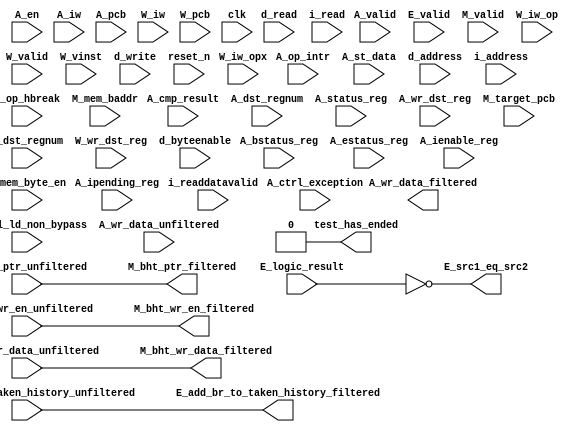
//Legal Notice: (C)2011 Altera Corporation. All rights reserved.  Your
//use of Altera Corporation's design tools, logic functions and other
//software and tools, and its AMPP partner logic functions, and any
//output files any of the foregoing (including device programming or
//simulation files), and any associated documentation or information are
//expressly subject to the terms and conditions of the Altera Program
//License Subscription Agreement or other applicable license agreement,
//including, without limitation, that your use is for the sole purpose
//of programming logic devices manufactured by Altera and sold by Altera
//or its authorized distributors.  Please refer to the applicable
//agreement for further details.


// turn off superfluous verilog processor warnings 
// altera message_level Level1 
// altera message_off 10034 10035 10036 10037 10230 10240 10030 

module cpu_test_bench (
                        // inputs:
                         A_bstatus_reg,
                         A_cmp_result,
                         A_ctrl_exception,
                         A_ctrl_ld_non_bypass,
                         A_dst_regnum,
                         A_en,
                         A_estatus_reg,
                         A_ienable_reg,
                         A_ipending_reg,
                         A_iw,
                         A_mem_byte_en,
                         A_op_hbreak,
                         A_op_intr,
                         A_pcb,
                         A_st_data,
                         A_status_reg,
                         A_valid,
                         A_wr_data_unfiltered,
                         A_wr_dst_reg,
                         E_add_br_to_taken_history_unfiltered,
                         E_logic_result,
                         E_valid,
                         M_bht_ptr_unfiltered,
                         M_bht_wr_data_unfiltered,
                         M_bht_wr_en_unfiltered,
                         M_mem_baddr,
                         M_target_pcb,
                         M_valid,
                         W_dst_regnum,
                         W_iw,
                         W_iw_op,
                         W_iw_opx,
                         W_pcb,
                         W_valid,
                         W_vinst,
                         W_wr_dst_reg,
                         clk,
                         d_address,
                         d_byteenable,
                         d_read,
                         d_write,
                         i_address,
                         i_read,
                         i_readdatavalid,
                         reset_n,

                        // outputs:
                         A_wr_data_filtered,
                         E_add_br_to_taken_history_filtered,
                         E_src1_eq_src2,
                         M_bht_ptr_filtered,
                         M_bht_wr_data_filtered,
                         M_bht_wr_en_filtered,
                         test_has_ended
                      )
;

  output  [ 31: 0] A_wr_data_filtered;
  output           E_add_br_to_taken_history_filtered;
  output           E_src1_eq_src2;
  output  [  7: 0] M_bht_ptr_filtered;
  output  [  1: 0] M_bht_wr_data_filtered;
  output           M_bht_wr_en_filtered;
  output           test_has_ended;
  input   [ 31: 0] A_bstatus_reg;
  input            A_cmp_result;
  input            A_ctrl_exception;
  input            A_ctrl_ld_non_bypass;
  input   [  4: 0] A_dst_regnum;
  input            A_en;
  input   [ 31: 0] A_estatus_reg;
  input   [ 31: 0] A_ienable_reg;
  input   [ 31: 0] A_ipending_reg;
  input   [ 31: 0] A_iw;
  input   [  3: 0] A_mem_byte_en;
  input            A_op_hbreak;
  input            A_op_intr;
  input   [ 16: 0] A_pcb;
  input   [ 31: 0] A_st_data;
  input   [ 31: 0] A_status_reg;
  input            A_valid;
  input   [ 31: 0] A_wr_data_unfiltered;
  input            A_wr_dst_reg;
  input            E_add_br_to_taken_history_unfiltered;
  input   [ 31: 0] E_logic_result;
  input            E_valid;
  input   [  7: 0] M_bht_ptr_unfiltered;
  input   [  1: 0] M_bht_wr_data_unfiltered;
  input            M_bht_wr_en_unfiltered;
  input   [ 16: 0] M_mem_baddr;
  input   [ 16: 0] M_target_pcb;
  input            M_valid;
  input   [  4: 0] W_dst_regnum;
  input   [ 31: 0] W_iw;
  input   [  5: 0] W_iw_op;
  input   [  5: 0] W_iw_opx;
  input   [ 16: 0] W_pcb;
  input            W_valid;
  input   [ 55: 0] W_vinst;
  input            W_wr_dst_reg;
  input            clk;
  input   [ 16: 0] d_address;
  input   [  3: 0] d_byteenable;
  input            d_read;
  input            d_write;
  input   [ 16: 0] i_address;
  input            i_read;
  input            i_readdatavalid;
  input            reset_n;

  reg     [ 16: 0] A_mem_baddr;
  reg     [ 16: 0] A_target_pcb;
  wire    [ 31: 0] A_wr_data_filtered;
  wire             A_wr_data_unfiltered_0_is_x;
  wire             A_wr_data_unfiltered_10_is_x;
  wire             A_wr_data_unfiltered_11_is_x;
  wire             A_wr_data_unfiltered_12_is_x;
  wire             A_wr_data_unfiltered_13_is_x;
  wire             A_wr_data_unfiltered_14_is_x;
  wire             A_wr_data_unfiltered_15_is_x;
  wire             A_wr_data_unfiltered_16_is_x;
  wire             A_wr_data_unfiltered_17_is_x;
  wire             A_wr_data_unfiltered_18_is_x;
  wire             A_wr_data_unfiltered_19_is_x;
  wire             A_wr_data_unfiltered_1_is_x;
  wire             A_wr_data_unfiltered_20_is_x;
  wire             A_wr_data_unfiltered_21_is_x;
  wire             A_wr_data_unfiltered_22_is_x;
  wire             A_wr_data_unfiltered_23_is_x;
  wire             A_wr_data_unfiltered_24_is_x;
  wire             A_wr_data_unfiltered_25_is_x;
  wire             A_wr_data_unfiltered_26_is_x;
  wire             A_wr_data_unfiltered_27_is_x;
  wire             A_wr_data_unfiltered_28_is_x;
  wire             A_wr_data_unfiltered_29_is_x;
  wire             A_wr_data_unfiltered_2_is_x;
  wire             A_wr_data_unfiltered_30_is_x;
  wire             A_wr_data_unfiltered_31_is_x;
  wire             A_wr_data_unfiltered_3_is_x;
  wire             A_wr_data_unfiltered_4_is_x;
  wire             A_wr_data_unfiltered_5_is_x;
  wire             A_wr_data_unfiltered_6_is_x;
  wire             A_wr_data_unfiltered_7_is_x;
  wire             A_wr_data_unfiltered_8_is_x;
  wire             A_wr_data_unfiltered_9_is_x;
  wire             E_add_br_to_taken_history_filtered;
  wire             E_src1_eq_src2;
  wire    [  7: 0] M_bht_ptr_filtered;
  wire    [  1: 0] M_bht_wr_data_filtered;
  wire             M_bht_wr_en_filtered;
  wire             W_op_add;
  wire             W_op_addi;
  wire             W_op_and;
  wire             W_op_andhi;
  wire             W_op_andi;
  wire             W_op_beq;
  wire             W_op_bge;
  wire             W_op_bgeu;
  wire             W_op_blt;
  wire             W_op_bltu;
  wire             W_op_bne;
  wire             W_op_br;
  wire             W_op_break;
  wire             W_op_bret;
  wire             W_op_call;
  wire             W_op_callr;
  wire             W_op_cmpeq;
  wire             W_op_cmpeqi;
  wire             W_op_cmpge;
  wire             W_op_cmpgei;
  wire             W_op_cmpgeu;
  wire             W_op_cmpgeui;
  wire             W_op_cmplt;
  wire             W_op_cmplti;
  wire             W_op_cmpltu;
  wire             W_op_cmpltui;
  wire             W_op_cmpne;
  wire             W_op_cmpnei;
  wire             W_op_crst;
  wire             W_op_custom;
  wire             W_op_div;
  wire             W_op_divu;
  wire             W_op_eret;
  wire             W_op_flushd;
  wire             W_op_flushda;
  wire             W_op_flushi;
  wire             W_op_flushp;
  wire             W_op_hbreak;
  wire             W_op_initd;
  wire             W_op_initda;
  wire             W_op_initi;
  wire             W_op_intr;
  wire             W_op_jmp;
  wire             W_op_jmpi;
  wire             W_op_ldb;
  wire             W_op_ldbio;
  wire             W_op_ldbu;
  wire             W_op_ldbuio;
  wire             W_op_ldh;
  wire             W_op_ldhio;
  wire             W_op_ldhu;
  wire             W_op_ldhuio;
  wire             W_op_ldl;
  wire             W_op_ldw;
  wire             W_op_ldwio;
  wire             W_op_mul;
  wire             W_op_muli;
  wire             W_op_mulxss;
  wire             W_op_mulxsu;
  wire             W_op_mulxuu;
  wire             W_op_nextpc;
  wire             W_op_nor;
  wire             W_op_opx;
  wire             W_op_or;
  wire             W_op_orhi;
  wire             W_op_ori;
  wire             W_op_rdctl;
  wire             W_op_rdprs;
  wire             W_op_ret;
  wire             W_op_rol;
  wire             W_op_roli;
  wire             W_op_ror;
  wire             W_op_rsv02;
  wire             W_op_rsv09;
  wire             W_op_rsv10;
  wire             W_op_rsv17;
  wire             W_op_rsv18;
  wire             W_op_rsv25;
  wire             W_op_rsv26;
  wire             W_op_rsv33;
  wire             W_op_rsv34;
  wire             W_op_rsv41;
  wire             W_op_rsv42;
  wire             W_op_rsv49;
  wire             W_op_rsv57;
  wire             W_op_rsv61;
  wire             W_op_rsv62;
  wire             W_op_rsv63;
  wire             W_op_rsvx00;
  wire             W_op_rsvx10;
  wire             W_op_rsvx15;
  wire             W_op_rsvx17;
  wire             W_op_rsvx21;
  wire             W_op_rsvx25;
  wire             W_op_rsvx33;
  wire             W_op_rsvx34;
  wire             W_op_rsvx35;
  wire             W_op_rsvx42;
  wire             W_op_rsvx43;
  wire             W_op_rsvx44;
  wire             W_op_rsvx47;
  wire             W_op_rsvx50;
  wire             W_op_rsvx51;
  wire             W_op_rsvx55;
  wire             W_op_rsvx56;
  wire             W_op_rsvx60;
  wire             W_op_rsvx63;
  wire             W_op_sll;
  wire             W_op_slli;
  wire             W_op_sra;
  wire             W_op_srai;
  wire             W_op_srl;
  wire             W_op_srli;
  wire             W_op_stb;
  wire             W_op_stbio;
  wire             W_op_stc;
  wire             W_op_sth;
  wire             W_op_sthio;
  wire             W_op_stw;
  wire             W_op_stwio;
  wire             W_op_sub;
  wire             W_op_sync;
  wire             W_op_trap;
  wire             W_op_wrctl;
  wire             W_op_wrprs;
  wire             W_op_xor;
  wire             W_op_xorhi;
  wire             W_op_xori;
  wire             test_has_ended;
  assign W_op_call = W_iw_op == 0;
  assign W_op_jmpi = W_iw_op == 1;
  assign W_op_ldbu = W_iw_op == 3;
  assign W_op_addi = W_iw_op == 4;
  assign W_op_stb = W_iw_op == 5;
  assign W_op_br = W_iw_op == 6;
  assign W_op_ldb = W_iw_op == 7;
  assign W_op_cmpgei = W_iw_op == 8;
  assign W_op_ldhu = W_iw_op == 11;
  assign W_op_andi = W_iw_op == 12;
  assign W_op_sth = W_iw_op == 13;
  assign W_op_bge = W_iw_op == 14;
  assign W_op_ldh = W_iw_op == 15;
  assign W_op_cmplti = W_iw_op == 16;
  assign W_op_initda = W_iw_op == 19;
  assign W_op_ori = W_iw_op == 20;
  assign W_op_stw = W_iw_op == 21;
  assign W_op_blt = W_iw_op == 22;
  assign W_op_ldw = W_iw_op == 23;
  assign W_op_cmpnei = W_iw_op == 24;
  assign W_op_flushda = W_iw_op == 27;
  assign W_op_xori = W_iw_op == 28;
  assign W_op_stc = W_iw_op == 29;
  assign W_op_bne = W_iw_op == 30;
  assign W_op_ldl = W_iw_op == 31;
  assign W_op_cmpeqi = W_iw_op == 32;
  assign W_op_ldbuio = W_iw_op == 35;
  assign W_op_muli = W_iw_op == 36;
  assign W_op_stbio = W_iw_op == 37;
  assign W_op_beq = W_iw_op == 38;
  assign W_op_ldbio = W_iw_op == 39;
  assign W_op_cmpgeui = W_iw_op == 40;
  assign W_op_ldhuio = W_iw_op == 43;
  assign W_op_andhi = W_iw_op == 44;
  assign W_op_sthio = W_iw_op == 45;
  assign W_op_bgeu = W_iw_op == 46;
  assign W_op_ldhio = W_iw_op == 47;
  assign W_op_cmpltui = W_iw_op == 48;
  assign W_op_initd = W_iw_op == 51;
  assign W_op_orhi = W_iw_op == 52;
  assign W_op_stwio = W_iw_op == 53;
  assign W_op_bltu = W_iw_op == 54;
  assign W_op_ldwio = W_iw_op == 55;
  assign W_op_rdprs = W_iw_op == 56;
  assign W_op_flushd = W_iw_op == 59;
  assign W_op_xorhi = W_iw_op == 60;
  assign W_op_rsv02 = W_iw_op == 2;
  assign W_op_rsv09 = W_iw_op == 9;
  assign W_op_rsv10 = W_iw_op == 10;
  assign W_op_rsv17 = W_iw_op == 17;
  assign W_op_rsv18 = W_iw_op == 18;
  assign W_op_rsv25 = W_iw_op == 25;
  assign W_op_rsv26 = W_iw_op == 26;
  assign W_op_rsv33 = W_iw_op == 33;
  assign W_op_rsv34 = W_iw_op == 34;
  assign W_op_rsv41 = W_iw_op == 41;
  assign W_op_rsv42 = W_iw_op == 42;
  assign W_op_rsv49 = W_iw_op == 49;
  assign W_op_rsv57 = W_iw_op == 57;
  assign W_op_rsv61 = W_iw_op == 61;
  assign W_op_rsv62 = W_iw_op == 62;
  assign W_op_rsv63 = W_iw_op == 63;
  assign W_op_eret = W_op_opx & (W_iw_opx == 1);
  assign W_op_roli = W_op_opx & (W_iw_opx == 2);
  assign W_op_rol = W_op_opx & (W_iw_opx == 3);
  assign W_op_flushp = W_op_opx & (W_iw_opx == 4);
  assign W_op_ret = W_op_opx & (W_iw_opx == 5);
  assign W_op_nor = W_op_opx & (W_iw_opx == 6);
  assign W_op_mulxuu = W_op_opx & (W_iw_opx == 7);
  assign W_op_cmpge = W_op_opx & (W_iw_opx == 8);
  assign W_op_bret = W_op_opx & (W_iw_opx == 9);
  assign W_op_ror = W_op_opx & (W_iw_opx == 11);
  assign W_op_flushi = W_op_opx & (W_iw_opx == 12);
  assign W_op_jmp = W_op_opx & (W_iw_opx == 13);
  assign W_op_and = W_op_opx & (W_iw_opx == 14);
  assign W_op_cmplt = W_op_opx & (W_iw_opx == 16);
  assign W_op_slli = W_op_opx & (W_iw_opx == 18);
  assign W_op_sll = W_op_opx & (W_iw_opx == 19);
  assign W_op_wrprs = W_op_opx & (W_iw_opx == 20);
  assign W_op_or = W_op_opx & (W_iw_opx == 22);
  assign W_op_mulxsu = W_op_opx & (W_iw_opx == 23);
  assign W_op_cmpne = W_op_opx & (W_iw_opx == 24);
  assign W_op_srli = W_op_opx & (W_iw_opx == 26);
  assign W_op_srl = W_op_opx & (W_iw_opx == 27);
  assign W_op_nextpc = W_op_opx & (W_iw_opx == 28);
  assign W_op_callr = W_op_opx & (W_iw_opx == 29);
  assign W_op_xor = W_op_opx & (W_iw_opx == 30);
  assign W_op_mulxss = W_op_opx & (W_iw_opx == 31);
  assign W_op_cmpeq = W_op_opx & (W_iw_opx == 32);
  assign W_op_divu = W_op_opx & (W_iw_opx == 36);
  assign W_op_div = W_op_opx & (W_iw_opx == 37);
  assign W_op_rdctl = W_op_opx & (W_iw_opx == 38);
  assign W_op_mul = W_op_opx & (W_iw_opx == 39);
  assign W_op_cmpgeu = W_op_opx & (W_iw_opx == 40);
  assign W_op_initi = W_op_opx & (W_iw_opx == 41);
  assign W_op_trap = W_op_opx & (W_iw_opx == 45);
  assign W_op_wrctl = W_op_opx & (W_iw_opx == 46);
  assign W_op_cmpltu = W_op_opx & (W_iw_opx == 48);
  assign W_op_add = W_op_opx & (W_iw_opx == 49);
  assign W_op_break = W_op_opx & (W_iw_opx == 52);
  assign W_op_hbreak = W_op_opx & (W_iw_opx == 53);
  assign W_op_sync = W_op_opx & (W_iw_opx == 54);
  assign W_op_sub = W_op_opx & (W_iw_opx == 57);
  assign W_op_srai = W_op_opx & (W_iw_opx == 58);
  assign W_op_sra = W_op_opx & (W_iw_opx == 59);
  assign W_op_intr = W_op_opx & (W_iw_opx == 61);
  assign W_op_crst = W_op_opx & (W_iw_opx == 62);
  assign W_op_rsvx00 = W_op_opx & (W_iw_opx == 0);
  assign W_op_rsvx10 = W_op_opx & (W_iw_opx == 10);
  assign W_op_rsvx15 = W_op_opx & (W_iw_opx == 15);
  assign W_op_rsvx17 = W_op_opx & (W_iw_opx == 17);
  assign W_op_rsvx21 = W_op_opx & (W_iw_opx == 21);
  assign W_op_rsvx25 = W_op_opx & (W_iw_opx == 25);
  assign W_op_rsvx33 = W_op_opx & (W_iw_opx == 33);
  assign W_op_rsvx34 = W_op_opx & (W_iw_opx == 34);
  assign W_op_rsvx35 = W_op_opx & (W_iw_opx == 35);
  assign W_op_rsvx42 = W_op_opx & (W_iw_opx == 42);
  assign W_op_rsvx43 = W_op_opx & (W_iw_opx == 43);
  assign W_op_rsvx44 = W_op_opx & (W_iw_opx == 44);
  assign W_op_rsvx47 = W_op_opx & (W_iw_opx == 47);
  assign W_op_rsvx50 = W_op_opx & (W_iw_opx == 50);
  assign W_op_rsvx51 = W_op_opx & (W_iw_opx == 51);
  assign W_op_rsvx55 = W_op_opx & (W_iw_opx == 55);
  assign W_op_rsvx56 = W_op_opx & (W_iw_opx == 56);
  assign W_op_rsvx60 = W_op_opx & (W_iw_opx == 60);
  assign W_op_rsvx63 = W_op_opx & (W_iw_opx == 63);
  assign W_op_opx = W_iw_op == 58;
  assign W_op_custom = W_iw_op == 50;
  always @(posedge clk or negedge reset_n)
    begin
      if (reset_n == 0)
          A_target_pcb <= 0;
      else if (A_en)
          A_target_pcb <= M_target_pcb;
    end


  always @(posedge clk or negedge reset_n)
    begin
      if (reset_n == 0)
          A_mem_baddr <= 0;
      else if (A_en)
          A_mem_baddr <= M_mem_baddr;
    end


  assign E_src1_eq_src2 = E_logic_result == 0;
  //Propagating 'X' data bits
  assign E_add_br_to_taken_history_filtered = E_add_br_to_taken_history_unfiltered;

  //Propagating 'X' data bits
  assign M_bht_wr_en_filtered = M_bht_wr_en_unfiltered;

  //Propagating 'X' data bits
  assign M_bht_wr_data_filtered = M_bht_wr_data_unfiltered;

  //Propagating 'X' data bits
  assign M_bht_ptr_filtered = M_bht_ptr_unfiltered;

  assign test_has_ended = 1'b0;

//synthesis translate_off
//////////////// SIMULATION-ONLY CONTENTS
  //Clearing 'X' data bits
  assign A_wr_data_unfiltered_0_is_x = ^(A_wr_data_unfiltered[0]) === 1'bx;

  assign A_wr_data_filtered[0] = (A_wr_data_unfiltered_0_is_x & (A_ctrl_ld_non_bypass)) ? 1'b0 : A_wr_data_unfiltered[0];
  assign A_wr_data_unfiltered_1_is_x = ^(A_wr_data_unfiltered[1]) === 1'bx;
  assign A_wr_data_filtered[1] = (A_wr_data_unfiltered_1_is_x & (A_ctrl_ld_non_bypass)) ? 1'b0 : A_wr_data_unfiltered[1];
  assign A_wr_data_unfiltered_2_is_x = ^(A_wr_data_unfiltered[2]) === 1'bx;
  assign A_wr_data_filtered[2] = (A_wr_data_unfiltered_2_is_x & (A_ctrl_ld_non_bypass)) ? 1'b0 : A_wr_data_unfiltered[2];
  assign A_wr_data_unfiltered_3_is_x = ^(A_wr_data_unfiltered[3]) === 1'bx;
  assign A_wr_data_filtered[3] = (A_wr_data_unfiltered_3_is_x & (A_ctrl_ld_non_bypass)) ? 1'b0 : A_wr_data_unfiltered[3];
  assign A_wr_data_unfiltered_4_is_x = ^(A_wr_data_unfiltered[4]) === 1'bx;
  assign A_wr_data_filtered[4] = (A_wr_data_unfiltered_4_is_x & (A_ctrl_ld_non_bypass)) ? 1'b0 : A_wr_data_unfiltered[4];
  assign A_wr_data_unfiltered_5_is_x = ^(A_wr_data_unfiltered[5]) === 1'bx;
  assign A_wr_data_filtered[5] = (A_wr_data_unfiltered_5_is_x & (A_ctrl_ld_non_bypass)) ? 1'b0 : A_wr_data_unfiltered[5];
  assign A_wr_data_unfiltered_6_is_x = ^(A_wr_data_unfiltered[6]) === 1'bx;
  assign A_wr_data_filtered[6] = (A_wr_data_unfiltered_6_is_x & (A_ctrl_ld_non_bypass)) ? 1'b0 : A_wr_data_unfiltered[6];
  assign A_wr_data_unfiltered_7_is_x = ^(A_wr_data_unfiltered[7]) === 1'bx;
  assign A_wr_data_filtered[7] = (A_wr_data_unfiltered_7_is_x & (A_ctrl_ld_non_bypass)) ? 1'b0 : A_wr_data_unfiltered[7];
  assign A_wr_data_unfiltered_8_is_x = ^(A_wr_data_unfiltered[8]) === 1'bx;
  assign A_wr_data_filtered[8] = (A_wr_data_unfiltered_8_is_x & (A_ctrl_ld_non_bypass)) ? 1'b0 : A_wr_data_unfiltered[8];
  assign A_wr_data_unfiltered_9_is_x = ^(A_wr_data_unfiltered[9]) === 1'bx;
  assign A_wr_data_filtered[9] = (A_wr_data_unfiltered_9_is_x & (A_ctrl_ld_non_bypass)) ? 1'b0 : A_wr_data_unfiltered[9];
  assign A_wr_data_unfiltered_10_is_x = ^(A_wr_data_unfiltered[10]) === 1'bx;
  assign A_wr_data_filtered[10] = (A_wr_data_unfiltered_10_is_x & (A_ctrl_ld_non_bypass)) ? 1'b0 : A_wr_data_unfiltered[10];
  assign A_wr_data_unfiltered_11_is_x = ^(A_wr_data_unfiltered[11]) === 1'bx;
  assign A_wr_data_filtered[11] = (A_wr_data_unfiltered_11_is_x & (A_ctrl_ld_non_bypass)) ? 1'b0 : A_wr_data_unfiltered[11];
  assign A_wr_data_unfiltered_12_is_x = ^(A_wr_data_unfiltered[12]) === 1'bx;
  assign A_wr_data_filtered[12] = (A_wr_data_unfiltered_12_is_x & (A_ctrl_ld_non_bypass)) ? 1'b0 : A_wr_data_unfiltered[12];
  assign A_wr_data_unfiltered_13_is_x = ^(A_wr_data_unfiltered[13]) === 1'bx;
  assign A_wr_data_filtered[13] = (A_wr_data_unfiltered_13_is_x & (A_ctrl_ld_non_bypass)) ? 1'b0 : A_wr_data_unfiltered[13];
  assign A_wr_data_unfiltered_14_is_x = ^(A_wr_data_unfiltered[14]) === 1'bx;
  assign A_wr_data_filtered[14] = (A_wr_data_unfiltered_14_is_x & (A_ctrl_ld_non_bypass)) ? 1'b0 : A_wr_data_unfiltered[14];
  assign A_wr_data_unfiltered_15_is_x = ^(A_wr_data_unfiltered[15]) === 1'bx;
  assign A_wr_data_filtered[15] = (A_wr_data_unfiltered_15_is_x & (A_ctrl_ld_non_bypass)) ? 1'b0 : A_wr_data_unfiltered[15];
  assign A_wr_data_unfiltered_16_is_x = ^(A_wr_data_unfiltered[16]) === 1'bx;
  assign A_wr_data_filtered[16] = (A_wr_data_unfiltered_16_is_x & (A_ctrl_ld_non_bypass)) ? 1'b0 : A_wr_data_unfiltered[16];
  assign A_wr_data_unfiltered_17_is_x = ^(A_wr_data_unfiltered[17]) === 1'bx;
  assign A_wr_data_filtered[17] = (A_wr_data_unfiltered_17_is_x & (A_ctrl_ld_non_bypass)) ? 1'b0 : A_wr_data_unfiltered[17];
  assign A_wr_data_unfiltered_18_is_x = ^(A_wr_data_unfiltered[18]) === 1'bx;
  assign A_wr_data_filtered[18] = (A_wr_data_unfiltered_18_is_x & (A_ctrl_ld_non_bypass)) ? 1'b0 : A_wr_data_unfiltered[18];
  assign A_wr_data_unfiltered_19_is_x = ^(A_wr_data_unfiltered[19]) === 1'bx;
  assign A_wr_data_filtered[19] = (A_wr_data_unfiltered_19_is_x & (A_ctrl_ld_non_bypass)) ? 1'b0 : A_wr_data_unfiltered[19];
  assign A_wr_data_unfiltered_20_is_x = ^(A_wr_data_unfiltered[20]) === 1'bx;
  assign A_wr_data_filtered[20] = (A_wr_data_unfiltered_20_is_x & (A_ctrl_ld_non_bypass)) ? 1'b0 : A_wr_data_unfiltered[20];
  assign A_wr_data_unfiltered_21_is_x = ^(A_wr_data_unfiltered[21]) === 1'bx;
  assign A_wr_data_filtered[21] = (A_wr_data_unfiltered_21_is_x & (A_ctrl_ld_non_bypass)) ? 1'b0 : A_wr_data_unfiltered[21];
  assign A_wr_data_unfiltered_22_is_x = ^(A_wr_data_unfiltered[22]) === 1'bx;
  assign A_wr_data_filtered[22] = (A_wr_data_unfiltered_22_is_x & (A_ctrl_ld_non_bypass)) ? 1'b0 : A_wr_data_unfiltered[22];
  assign A_wr_data_unfiltered_23_is_x = ^(A_wr_data_unfiltered[23]) === 1'bx;
  assign A_wr_data_filtered[23] = (A_wr_data_unfiltered_23_is_x & (A_ctrl_ld_non_bypass)) ? 1'b0 : A_wr_data_unfiltered[23];
  assign A_wr_data_unfiltered_24_is_x = ^(A_wr_data_unfiltered[24]) === 1'bx;
  assign A_wr_data_filtered[24] = (A_wr_data_unfiltered_24_is_x & (A_ctrl_ld_non_bypass)) ? 1'b0 : A_wr_data_unfiltered[24];
  assign A_wr_data_unfiltered_25_is_x = ^(A_wr_data_unfiltered[25]) === 1'bx;
  assign A_wr_data_filtered[25] = (A_wr_data_unfiltered_25_is_x & (A_ctrl_ld_non_bypass)) ? 1'b0 : A_wr_data_unfiltered[25];
  assign A_wr_data_unfiltered_26_is_x = ^(A_wr_data_unfiltered[26]) === 1'bx;
  assign A_wr_data_filtered[26] = (A_wr_data_unfiltered_26_is_x & (A_ctrl_ld_non_bypass)) ? 1'b0 : A_wr_data_unfiltered[26];
  assign A_wr_data_unfiltered_27_is_x = ^(A_wr_data_unfiltered[27]) === 1'bx;
  assign A_wr_data_filtered[27] = (A_wr_data_unfiltered_27_is_x & (A_ctrl_ld_non_bypass)) ? 1'b0 : A_wr_data_unfiltered[27];
  assign A_wr_data_unfiltered_28_is_x = ^(A_wr_data_unfiltered[28]) === 1'bx;
  assign A_wr_data_filtered[28] = (A_wr_data_unfiltered_28_is_x & (A_ctrl_ld_non_bypass)) ? 1'b0 : A_wr_data_unfiltered[28];
  assign A_wr_data_unfiltered_29_is_x = ^(A_wr_data_unfiltered[29]) === 1'bx;
  assign A_wr_data_filtered[29] = (A_wr_data_unfiltered_29_is_x & (A_ctrl_ld_non_bypass)) ? 1'b0 : A_wr_data_unfiltered[29];
  assign A_wr_data_unfiltered_30_is_x = ^(A_wr_data_unfiltered[30]) === 1'bx;
  assign A_wr_data_filtered[30] = (A_wr_data_unfiltered_30_is_x & (A_ctrl_ld_non_bypass)) ? 1'b0 : A_wr_data_unfiltered[30];
  assign A_wr_data_unfiltered_31_is_x = ^(A_wr_data_unfiltered[31]) === 1'bx;
  assign A_wr_data_filtered[31] = (A_wr_data_unfiltered_31_is_x & (A_ctrl_ld_non_bypass)) ? 1'b0 : A_wr_data_unfiltered[31];
  always @(posedge clk)
    begin
      if (reset_n)
          if (^(W_wr_dst_reg) === 1'bx)
            begin
              $write("%0d ns: ERROR: cpu_test_bench/W_wr_dst_reg is 'x'\n", $time);
              $stop;
            end
    end


  always @(posedge clk or negedge reset_n)
    begin
      if (reset_n == 0)
        begin
        end
      else if (W_wr_dst_reg)
          if (^(W_dst_regnum) === 1'bx)
            begin
              $write("%0d ns: ERROR: cpu_test_bench/W_dst_regnum is 'x'\n", $time);
              $stop;
            end
    end


  always @(posedge clk)
    begin
      if (reset_n)
          if (^(W_valid) === 1'bx)
            begin
              $write("%0d ns: ERROR: cpu_test_bench/W_valid is 'x'\n", $time);
              $stop;
            end
    end


  always @(posedge clk or negedge reset_n)
    begin
      if (reset_n == 0)
        begin
        end
      else if (W_valid)
          if (^(W_pcb) === 1'bx)
            begin
              $write("%0d ns: ERROR: cpu_test_bench/W_pcb is 'x'\n", $time);
              $stop;
            end
    end


  always @(posedge clk or negedge reset_n)
    begin
      if (reset_n == 0)
        begin
        end
      else if (W_valid)
          if (^(W_iw) === 1'bx)
            begin
              $write("%0d ns: ERROR: cpu_test_bench/W_iw is 'x'\n", $time);
              $stop;
            end
    end


  always @(posedge clk)
    begin
      if (reset_n)
          if (^(A_en) === 1'bx)
            begin
              $write("%0d ns: ERROR: cpu_test_bench/A_en is 'x'\n", $time);
              $stop;
            end
    end


  always @(posedge clk)
    begin
      if (reset_n)
          if (^(E_valid) === 1'bx)
            begin
              $write("%0d ns: ERROR: cpu_test_bench/E_valid is 'x'\n", $time);
              $stop;
            end
    end


  always @(posedge clk)
    begin
      if (reset_n)
          if (^(M_valid) === 1'bx)
            begin
              $write("%0d ns: ERROR: cpu_test_bench/M_valid is 'x'\n", $time);
              $stop;
            end
    end


  always @(posedge clk)
    begin
      if (reset_n)
          if (^(A_valid) === 1'bx)
            begin
              $write("%0d ns: ERROR: cpu_test_bench/A_valid is 'x'\n", $time);
              $stop;
            end
    end


  always @(posedge clk or negedge reset_n)
    begin
      if (reset_n == 0)
        begin
        end
      else if (A_valid & A_en & A_wr_dst_reg)
          if (^(A_wr_data_unfiltered) === 1'bx)
            begin
              $write("%0d ns: WARNING: cpu_test_bench/A_wr_data_unfiltered is 'x'\n", $time);
            end
    end


  always @(posedge clk)
    begin
      if (reset_n)
          if (^(A_status_reg) === 1'bx)
            begin
              $write("%0d ns: ERROR: cpu_test_bench/A_status_reg is 'x'\n", $time);
              $stop;
            end
    end


  always @(posedge clk)
    begin
      if (reset_n)
          if (^(A_estatus_reg) === 1'bx)
            begin
              $write("%0d ns: ERROR: cpu_test_bench/A_estatus_reg is 'x'\n", $time);
              $stop;
            end
    end


  always @(posedge clk)
    begin
      if (reset_n)
          if (^(A_bstatus_reg) === 1'bx)
            begin
              $write("%0d ns: ERROR: cpu_test_bench/A_bstatus_reg is 'x'\n", $time);
              $stop;
            end
    end


  always @(posedge clk)
    begin
      if (reset_n)
          if (^(i_read) === 1'bx)
            begin
              $write("%0d ns: ERROR: cpu_test_bench/i_read is 'x'\n", $time);
              $stop;
            end
    end


  always @(posedge clk or negedge reset_n)
    begin
      if (reset_n == 0)
        begin
        end
      else if (i_read)
          if (^(i_address) === 1'bx)
            begin
              $write("%0d ns: ERROR: cpu_test_bench/i_address is 'x'\n", $time);
              $stop;
            end
    end


  always @(posedge clk)
    begin
      if (reset_n)
          if (^(i_readdatavalid) === 1'bx)
            begin
              $write("%0d ns: ERROR: cpu_test_bench/i_readdatavalid is 'x'\n", $time);
              $stop;
            end
    end


  always @(posedge clk)
    begin
      if (reset_n)
          if (^(d_write) === 1'bx)
            begin
              $write("%0d ns: ERROR: cpu_test_bench/d_write is 'x'\n", $time);
              $stop;
            end
    end


  always @(posedge clk or negedge reset_n)
    begin
      if (reset_n == 0)
        begin
        end
      else if (d_write)
          if (^(d_byteenable) === 1'bx)
            begin
              $write("%0d ns: ERROR: cpu_test_bench/d_byteenable is 'x'\n", $time);
              $stop;
            end
    end


  always @(posedge clk or negedge reset_n)
    begin
      if (reset_n == 0)
        begin
        end
      else if (d_write | d_read)
          if (^(d_address) === 1'bx)
            begin
              $write("%0d ns: ERROR: cpu_test_bench/d_address is 'x'\n", $time);
              $stop;
            end
    end


  always @(posedge clk)
    begin
      if (reset_n)
          if (^(d_read) === 1'bx)
            begin
              $write("%0d ns: ERROR: cpu_test_bench/d_read is 'x'\n", $time);
              $stop;
            end
    end


  
  reg [31:0] trace_handle; // for $fopen
  initial  
  begin
    trace_handle = $fopen("cpu.tr");
    $fwrite(trace_handle, "version 3\nnumThreads 1\n");
  end
  always @(posedge clk)
    begin
      if ((~reset_n || (A_valid & A_en)) && ~test_has_ended)
          $fwrite(trace_handle, "%0d ns: %0h,%0h,%0h,%0h,%0h,%0h,%0h,%0h,%0h,%0h,%0h,%0h,%0h,%0h,%0h,%0h,%0h,%0h,%0h,%0h,%0h,%0h,%0h,%0h,%0h,%0h,%0h,%0h,%0h,%0h,%0h,%0h,%0h,%0h,%0h,%0h\n", $time, ~reset_n, A_pcb, 0, A_op_intr, A_op_hbreak, A_iw, ~(A_op_intr | A_op_hbreak), A_wr_dst_reg, A_dst_regnum, 0, A_wr_data_filtered, A_mem_baddr, A_st_data, A_mem_byte_en, A_cmp_result, A_target_pcb, A_status_reg, A_estatus_reg, A_bstatus_reg, A_ienable_reg, A_ipending_reg, 0, 0, 0, 0, 0, 0, 0, 0, 0, 0, A_ctrl_exception ? 1 : 0, 0, 0, 0, 0);
    end



//////////////// END SIMULATION-ONLY CONTENTS

//synthesis translate_on
//synthesis read_comments_as_HDL on
//  
//  assign A_wr_data_filtered = A_wr_data_unfiltered;
//
//synthesis read_comments_as_HDL off

endmodule